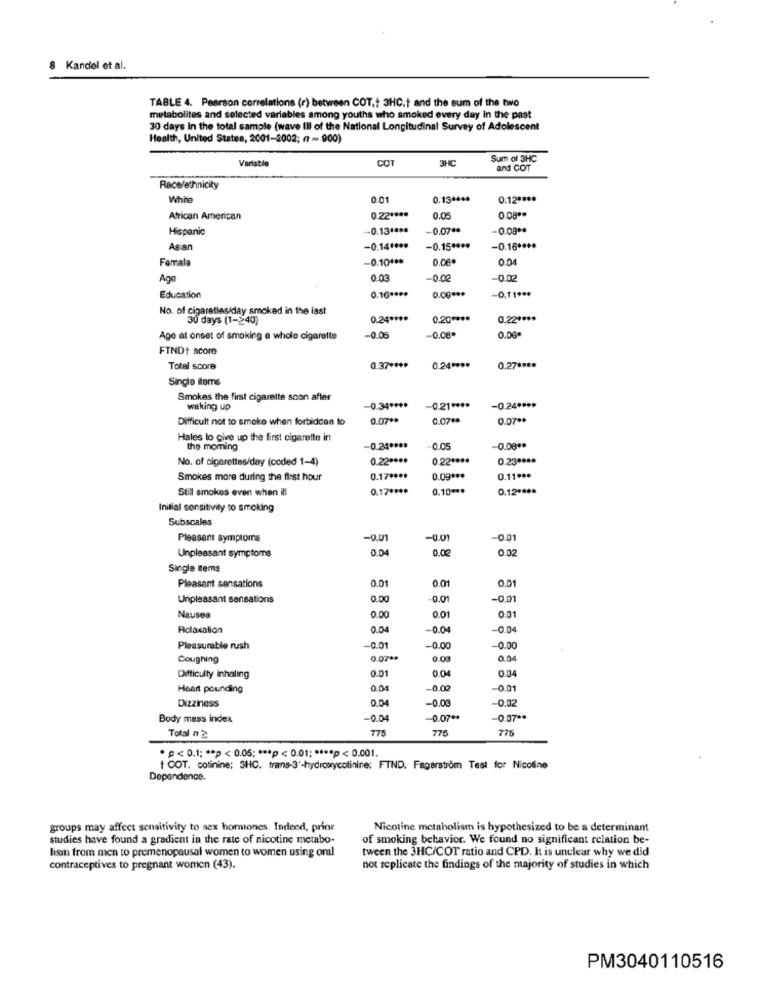
Kandel et al.
TABLE 4. Pearson correlations (r) between COT.+ 3HC,t and the sum of the two
metabolites and selected variables among youths who smoked every day in the past
30 days In the total sample (wave Ill of the National Longitudinal Survey of Adolescent
Health, United States, 2001-2002; ( - 900)
Variatie
COT
3HC
Sum of 3HC
and COT
Race/ethnicity
White
0.01
0.13 ****
0.12 ****
African American
0.22 ****
0.05
0.08 **
Hispanic
-0.13 ****
-0.07 **
-0.00 **
Asian
-0.14 ****
-0.15 ****
-0.16 ****
Female
-0.10 ***
0.06.
0.04
Ago
0.03
-0.02
0.16 ****
Education
0.00 ***
-0.11 ***
No. of cigaretles/day smoked in the last
30 days (1-240)
0.24 ****
0.20 ****
0.22 ****
Age at onset of smoking a whole cigarette
-0.05
-0.08
0.00*
FIND+ score
Total score
0.37 ****
0.24 ****
0.27 ****
Single Roms
Smokes the first cigarette soon after
waking up
-0.34 ****
-0.21 ****
-0.24 ****
Difficult not to smoke when forbidden to
0.07 **
0.07 **
0.07 **
Hales to give up the first cigarette in
the moming
.0.05
-0.08 **
No. of cigarettes/day (coded 1-4)
0.22 ****
0.22 ****
0.23 ****
Smokes more during the first hour
0.17 ****
0.09 ***
0.11 ***
Stil smokes even when ill
0.17 ****
0.10 ***
0.12 ****
Initial sensitivity to smoking
Subscales
Pleasant symptoms
-0.01
-0.01
0.01
Unpleasant symptoms
00
0.00
0.02
Single items
0.01
0.01
0.01
Pleasant sensations
Unpleasant sensations
0.00
0.01
-0.01
Nausea
0.00
0.01
0.01
Relaxation
0.04
-0.0
-0.04
-0.01
Pleasurable rush
-0.00
-0.00
Coughing
0.07 **
0.00
0.04
0.04
Difficulty Inhaling
0.01
0.04
Heart pounding
004
0.00
-0.01
Dizziness
0.04
-0.03
-0.02
Body mass index
-0.04
-0.07+
-0.07 **
775
776
275
Total n 2
*p< 0.1; ** p < 0.05; *** p < 0.01; **** p < 0.001.
t COT. cotinine; 3HC. trans-3'-hydroxycotinine; FTND, Fagerstrom Test for Nicoline
Dependence.
groups may affect sensitivity to sex hormones. Indeed, prior
Nicotine metabolism is hypothesized to be a determinant
studies have found a gradient in the rate of nicotine metabo-
of smoking behavior. We found no significant relation be-
lism from men to premenopausal women to women using onl
tween the 3HC/COT ratio and CPD. It is unclear why we did
contraceptives to pregnant women (43).
not replicate the findings of the majority of studies in which
PM3040110516